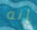
إنه